Proceedings of the meeting of veterinary officers in India
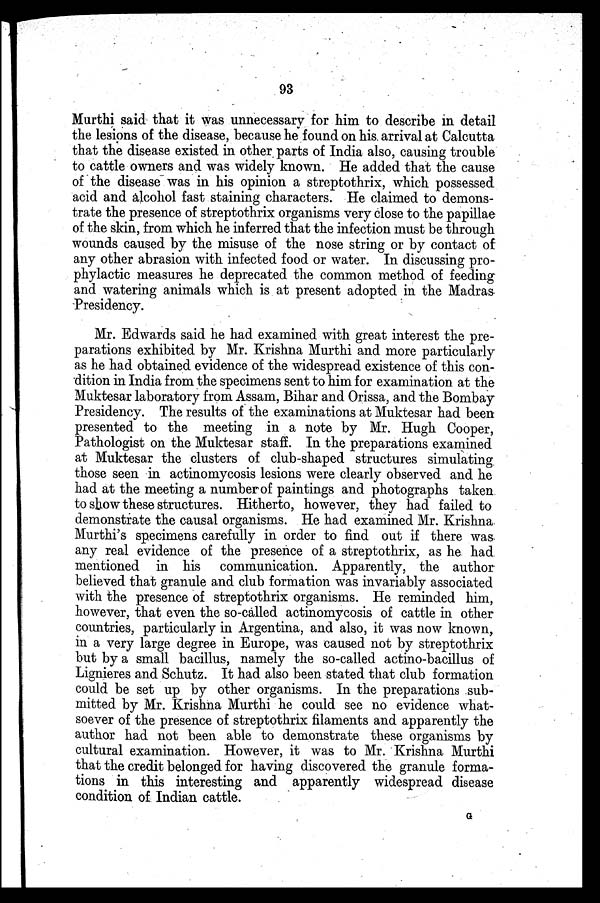
93
Murthi said that it was unnecessary for him to describe in detail
the lesions of the disease, because he found on his. arrival at Calcutta
that the disease existed in other parts of India also, causing trouble
to cattle owners and was widely known. He added that the cause
of the disease was in his opinion a streptothrix, which possessed
acid and alcohol fast staining characters. He claimed to demons-
trate the presence of streptothrix organisms very close to the papillae
of the skin, from which he inferred that the infection must be through
wounds caused by the misuse of the nose string or by contact of
any other abrasion with infected food or water. In discussing pro-
phylactic measures he deprecated the common method of feeding-
and watering animals which is at present adopted in the Madras
Presidency.
Mr. Edwards said he had examined with great interest the pre-
parations exhibited by Mr. Krishna Murthi and more particularly
as he had obtained evidence of the widespread existence of this con-
dition in India from the specimens sent to him for examination at the
Muktesar laboratory from Assam, Bihar and Orissa, and the Bombay
Presidency. The results of the examinations at Muktesar had been
presented to the meeting in a note by Mr. Hugh Cooper,
Pathologist on the Muktesar staff. In the preparations examined
at Muktesar the clusters of club-shaped structures simulating
those seen in actinomycosis lesions were clearly observed and he
had at the meeting a number of paintings and photographs taken
to show these structures. Hitherto, however, they had failed to
demonstrate the causal organisms. He had examined Mr. Krishna
Murthi's specimens carefully in order to find out if there was
any real evidence of the presence of a streptothrix, as he had
mentioned in his communication. Apparently, the author
believed that granule and club formation was invariably associated
with the presence of streptothrix organisms. He reminded him,
however, that even the so-called actinomycosis of cattle in other
countries, particularly in Argentina, and also, it was now known,
in a very large degree in Europe, was caused not by streptothrix
but by a small bacillus, namely the so-called actino-bacillus of
Lignieres and Schutz. It had also been stated that club formation
could be set up by other organisms. In the preparations sub-
mitted by Mr. Krishna Murthi he could see no evidence what-
soever of the presence of streptothrix filaments and apparently the
author had not been able to demonstrate these organisms by
cultural examination. However, it was to Mr. Krishna Murthi
that the credit belonged for having discovered the granule forma-
tions in this interesting and apparently widespread disease
condition of Indian cattle.
G